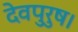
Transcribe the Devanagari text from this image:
देवपुरुष।